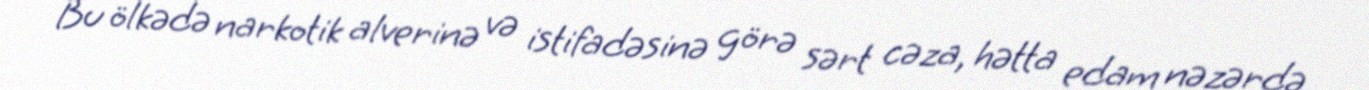
Bu ölkədə narkotik alverinə və istifadəsinə görə sərt cəza, hətta edam nəzərdə